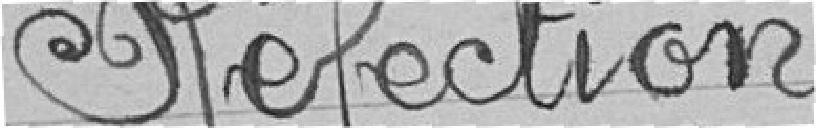
Réfection